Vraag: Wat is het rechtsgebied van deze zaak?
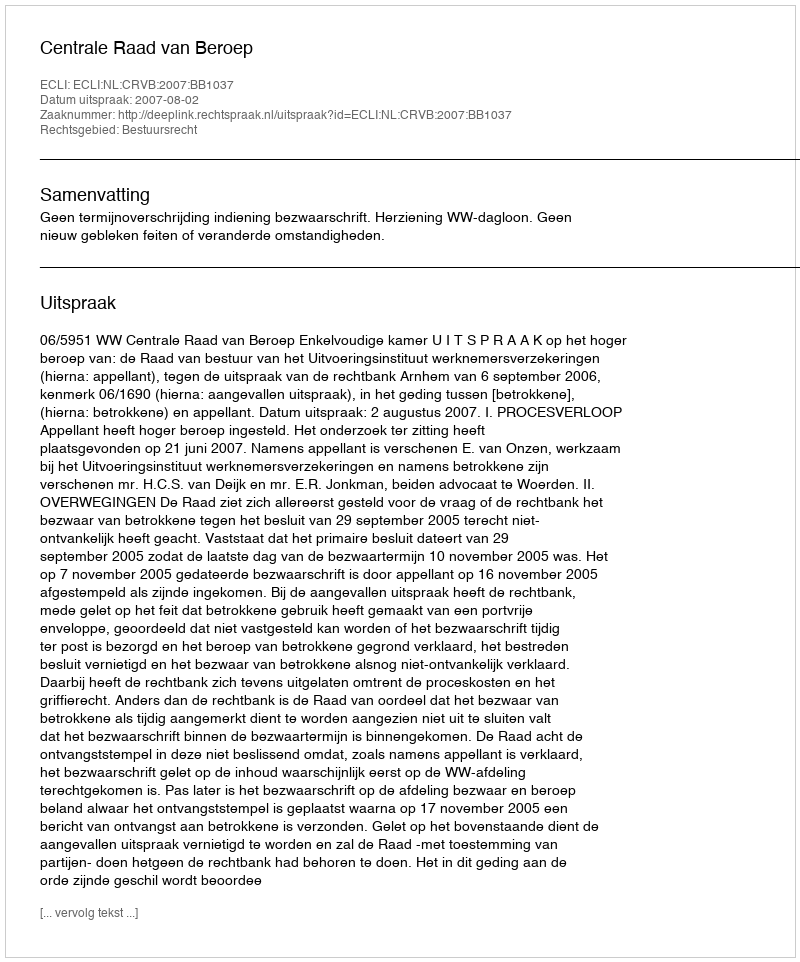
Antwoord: Bestuursrecht